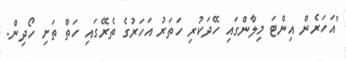
"އަހަރެން އިންޓަ މިލާންގައި ހޭދަކުރި ހަތަރު އަހަރުގެ ތެރޭގައި ހަތް ތަށި ހޯދިން.